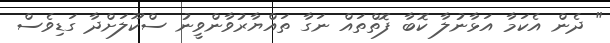
" ދެން އެކަމާ އަޅާނުލާ ކޮބާ ފޮތްތައް ނަގާ ތައްޔާރުވާންވީނު ސްކޫލަށްދާ ގަޑިވެސް